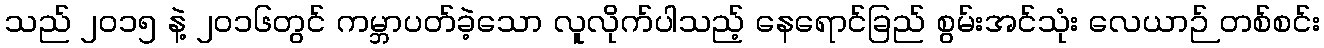
သည် ၂၀၁၅ နဲ့ ၂၀၁၆တွင် ကမ္ဘာပတ်ခဲ့သော လူလိုက်ပါသည့် နေရောင်ခြည် စွမ်းအင်သုံး လေယာဉ် တစ်စင်း